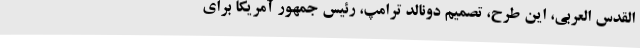
القدس العربی، این طرح، تصمیم دونالد ترامپ، رئیس جمهور آمریکا برای